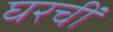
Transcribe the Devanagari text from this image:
घरचीं